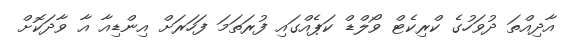
އާދިއްތަ ދުވަހުގެ ކްރިކެޓް ވޯލްޑް ކަޕެއްގައި ފުރަތަމަ ފަހަރަށް އިންޑިއާ އާ ވާދަކޮށް